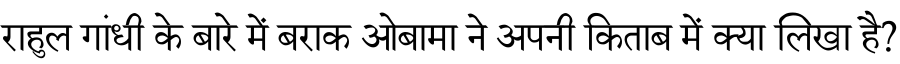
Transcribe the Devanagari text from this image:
राहुल गांधी के बारे में बराक ओबामा ने अपनी किताब में क्या लिखा है?